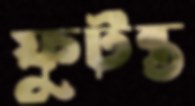
ফুটন্ত